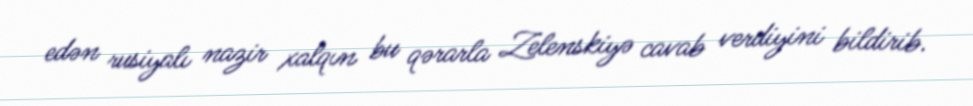
edən rusiyalı nazir xalqın bu qərarla Zelenskiyə cavab verdiyini bildirib.